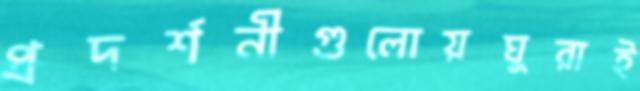
প্রদর্শনীগুলোয়ঘুরাই